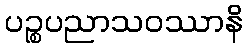
ပဉ္စပညာသဝဿာနိ